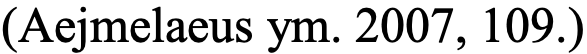
(Aejmelaeus ym. 2007, 109.)